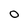
Character: 0